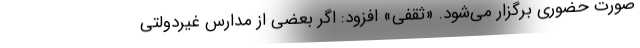
صورت حضوری برگزار می‌شود. «ثقفی» افزود: اگر بعضی از مدارس غیردولتی